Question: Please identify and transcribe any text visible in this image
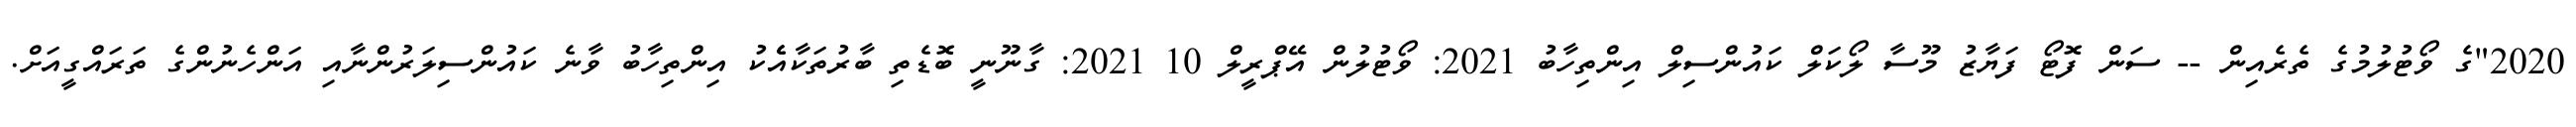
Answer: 2020"ގެ ވޯޓުލުމުގެ ތެރެއިން -- ސަން ފޮޓޯ ފަޔާޒު މޫސާ ލޯކަލް ކައުންސިލް އިންތިހާބު 2021: ވޯޓުލުން އޭޕްރީލް 10 2021: ގާނޫނީ ބޮޑެތި ބާރުތަކާއެެކު އިންތިހާބު ވާނެ ކައުންސިލަރުންނާއި އަންހެނުންގެ ތަރައްގީއަށް.